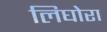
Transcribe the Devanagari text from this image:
लिघोरा